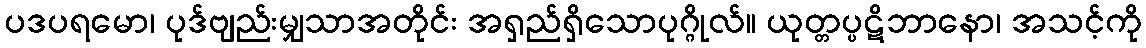
ပဒပရမော၊ ပုဒ်ဗျည်းမျှသာအတိုင်း အရှည်ရှိသောပုဂ္ဂိုလ်။ ယုတ္တပ္ပဋိဘာနော၊ အသင့်ကို